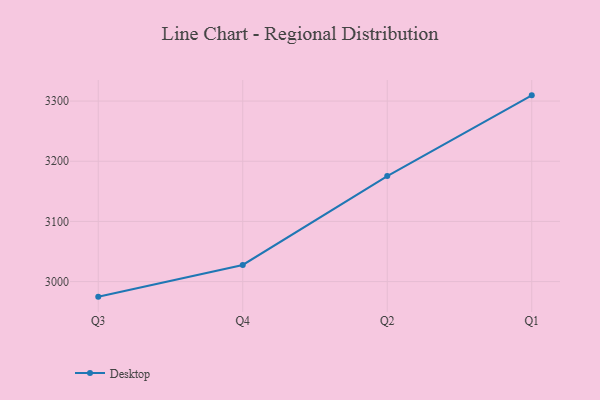
{"axis": {"x": "Quarter", "y": "Website Visitors"}, "legend": ["Desktop"], "data": [{"x": "Q3", "y": 2975.0, "type": "Desktop"}, {"x": "Q4", "y": 3027.7, "type": "Desktop"}, {"x": "Q2", "y": 3175.3, "type": "Desktop"}, {"x": "Q1", "y": 3309.5, "type": "Desktop"}]}